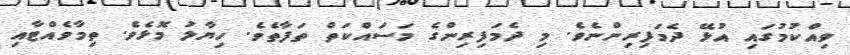
ވިއްކުމުގައި އުޅޭ ދެމަފިރިންނެވެ. މި ދެމަފިރިންގެ މަސައްކަތް ތަފާތެވެ. ހިޔާލު މޮޅެވެ. ތިމާވެއްޓާއި